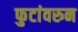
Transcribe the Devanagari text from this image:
फुटांवरुन